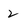
Character: 2